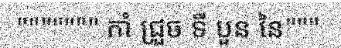
""""""" កាំ ជ្រួច ទី បួន នៃ"""